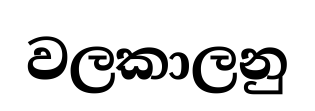
වලකාලනු